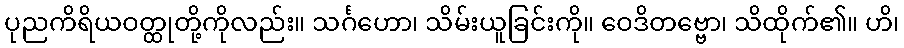
ပုညကိရိယဝတ္ထုတို့ကိုလည်း။ သင်္ဂဟော၊ သိမ်းယူခြင်းကို။ ဝေဒိတဗ္ဗော၊ သိထိုက်၏။ ဟိ၊